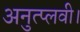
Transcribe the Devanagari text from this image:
अनुत्प्लवी।